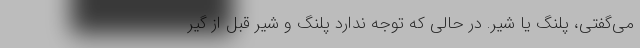
می‌گفتی، پلنگ یا شیر. در حالی که توجه ندارد پلنگ و شیر قبل از گیر